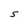
Character: S